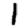
Digit: 1